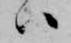
ハ